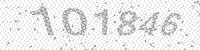
Solution: 101846